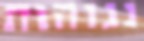
נגוהות